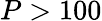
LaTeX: P>100